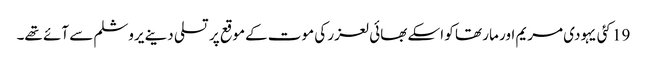
19 کئی یہودی مریم اور مار تھا کو اسکے بھائی لعزر کی موت کےموقع پر تسلی دینے یروشلم سے آئے تھے۔